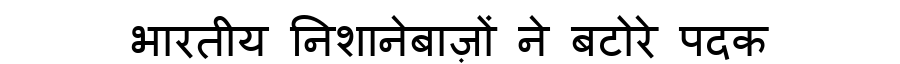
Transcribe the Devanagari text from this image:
भारतीय निशानेबाज़ों ने बटोरे पदक